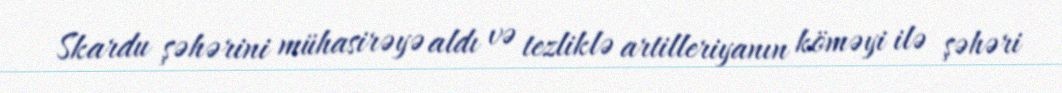
Skardu şəhərini mühasirəyə aldı və tezliklə artilleriyanın köməyi ilə şəhəri